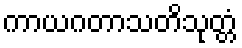
ကာယဂတာသတိသုတ္တံ